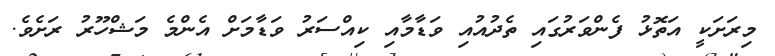
މިރަށަކީ އަތޮޅު ފެންވަރުގައި ތެދުއުއި ވަޑާމާއި ކިއްސަރު ވަޑާމަށް އެންމެ މަޝްހޫރު ރަށެވެ.